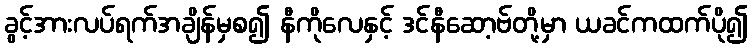
ခွင့်အားလပ်ရက်အချိန်မှစ၍ နီကိုလေနှင့် ဒင်နီဆော့ဗ်တို့မှာ ယခင်ကထက်ပို၍